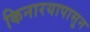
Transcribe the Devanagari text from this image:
किनारयापासुन